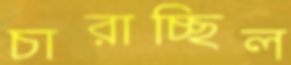
চারাচ্ছিল